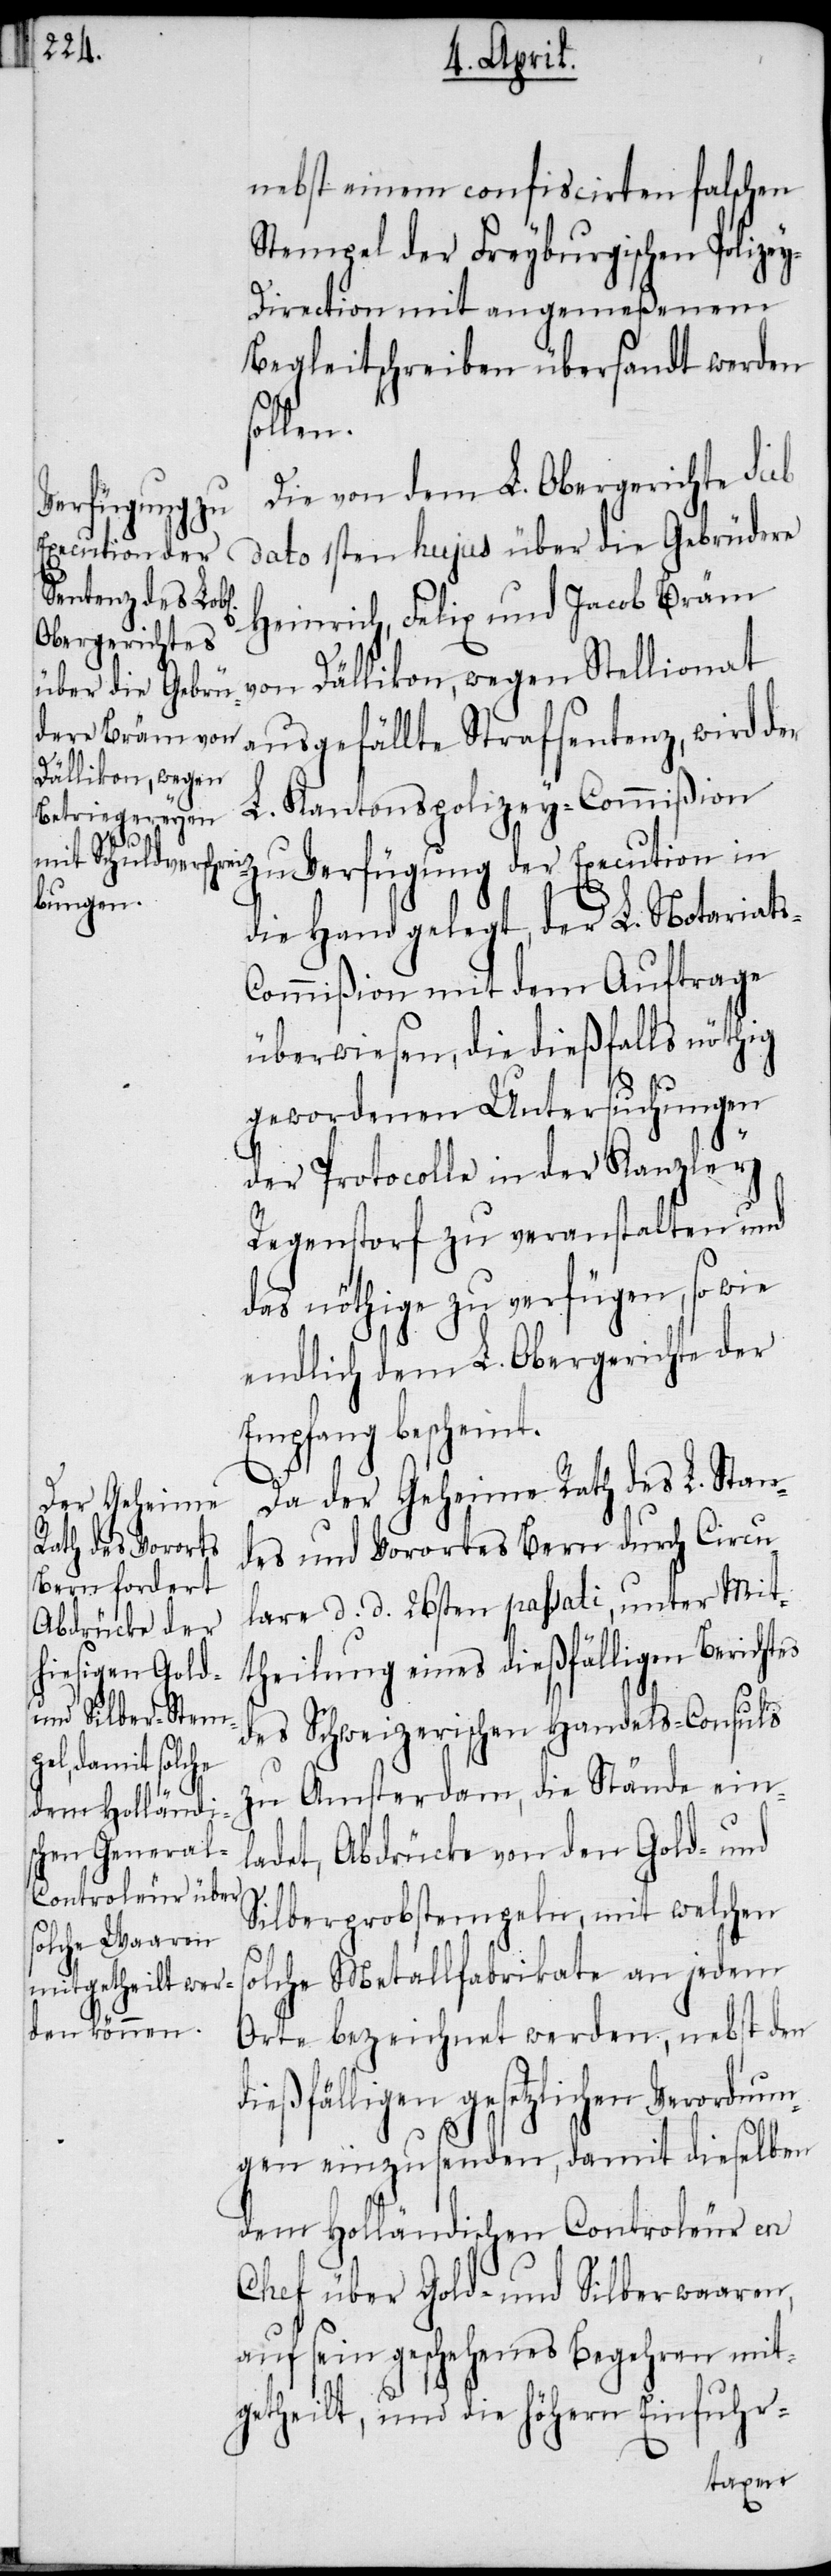
nebst einem confiscirten falschen
Stempel der Freyburgischen Polize¬
y-Direction mit angemeßenem
Begleitschreiben übersandt werden
ollen.
Die von dem L. Obergerichte sub
Verfügung der
dato 1sten hujus über die Gebrüdere
Execution in
Heinrich, Felix und Jacob Bräm
von Dällikon, wegen Stellionat
ausgefällte Strafsentenz, wird der
Kantonspolizey-Commißion
s¬
die Hand gelegt, der L. Notariat¬
s-Commißion mit dem Auftrage
überwiesen, die dießfalls nöthig
gewordenen Untersuchungen
der Protocolle in der Kanzley
Regenstorf zu veranstalten und
das nöthige zu verfügen, so wie
endlich dem L. Obergerichte der
Empfang bescheint.
Da der Geheime Rath des L. Stan¬
des und Vorortes Bern durch Circu¬
lare d. d. 26sten passati, unter Mit¬
theilung eines dießfälligen Berichtes
des Schweizerischen Handels-Consuls
zu Amsterdam, die Stände ein¬
ladet, Abdrücke von den Gold- und
Silberprobstempeln, mit welchen
olche Metallfabrikate an jedem
Orte bezeichnet werden, nebst den
dießfälligen gesetzlichen Verordnun¬
gen einzusenden, damit dieselben
dem Holländischen Controleur en
Chef über Gold- und Silberwaaren,
auf sein geschehenes Begehren mit¬
getheilt, und die höhern Einfuhr-